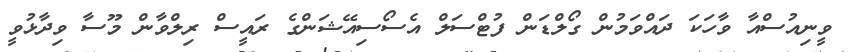
ވީނިއުސްއާ ވާހަކަ ދައްވަމުން ގޯލްޑަން ފުޓްސަލް އެސޯސިއޭޝަންގެ ރައީސް ރިލްވާން މޫސާ ވިދާޅުވީ